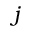
j